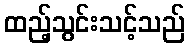
ထည့်သွင်းသင့်သည်